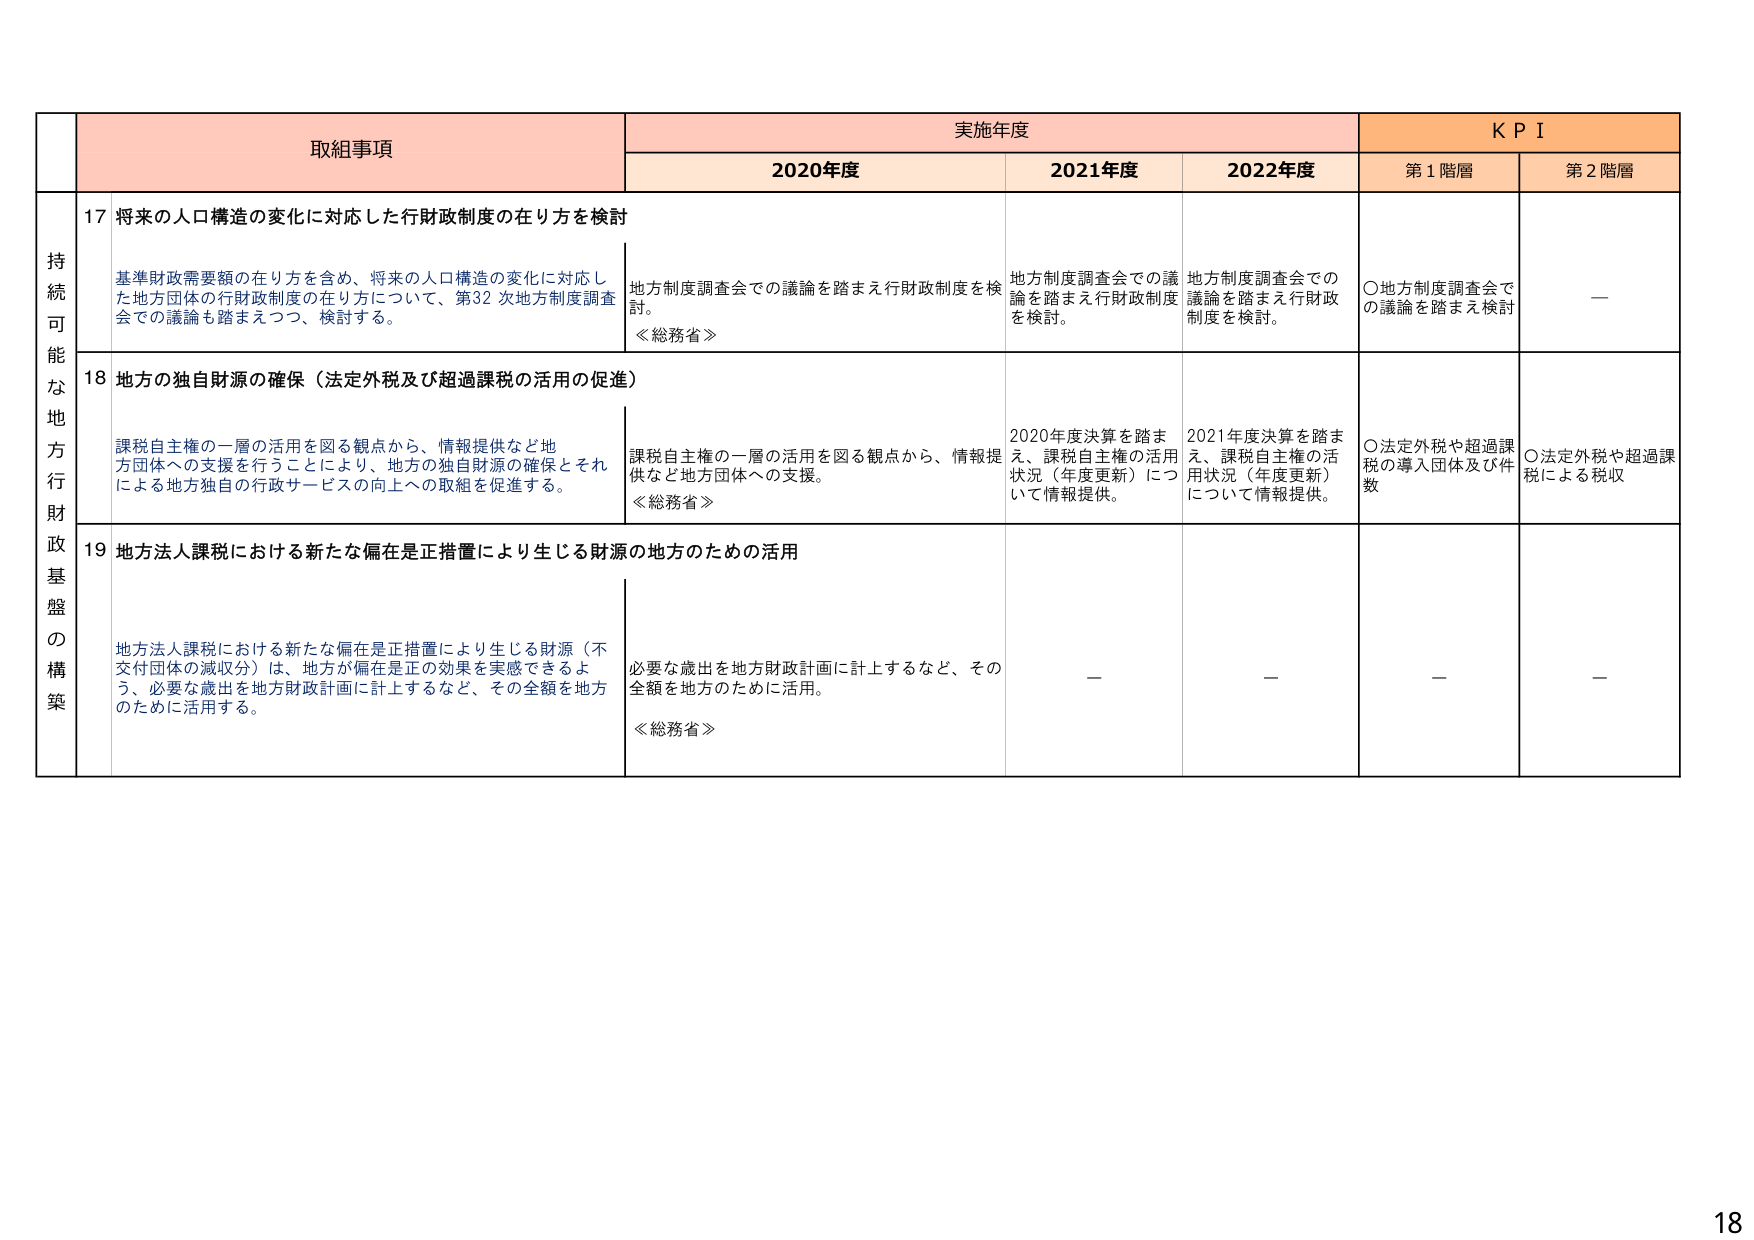
持続可能な地方行政財政基盤の構築

取組事項

実施年度

KPI

2020年度

2021年度

2022年度

第1階層

第2階層

17 将来の人口構造の変化に対応した行財政制度の在り方を検討

基準財政需要額の在り方を含め、将来の人口構造の変化に対応した地方団体の行財政制度の在り方について、第32次地方制度調査会での議論も踏まえつつ、検討する。

地方制度調査会での議論を踏まえ行財政制度を検討。

≪総務省≫

地方制度調査会での議論を踏まえ行財政制度を検討。

地方制度調査会での議論を踏まえ行財政制度を検討。

〇地方制度調査会での議論を踏まえ検討

—

18 地方の独自財源の確保（法定外税及び超過課税の活用の促進）

課税自主権の一層の活用を図る観点から、情報提供など地方団体への支援を行うことにより、地方の独自財源の確保とそれによる地方独自の行政サービスの向上への取組を促進する。

課税自主権の一層の活用を図る観点から、情報提供など地方団体への支援。

≪総務省≫

2020年度決算を踏まえ、課税自主権の活用状況（年度更新）について情報提供。

2021年度決算を踏まえ、課税自主権の活用状況（年度更新）について情報提供。

〇法定外税や超過課税の導入団体及び件数

〇法定外税や超過課税による税収

19 地方法人課税における新たな偏在是正措置により生じる財源の地方のための活用

地方法人課税における新たな偏在是正措置により生じる財源（不交付団体の減収分）は、地方が偏在是正の効果を実感できるよう、必要な歳出を地方財政計画に計上するなど、その全額を地方のために活用する。

必要な歳出を地方財政計画に計上するなど、その全額を地方のために活用。

≪総務省≫

—

—

—

—

18